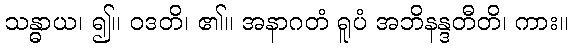
သန္ဓာယ၊ ၍။ ဝဒတိ၊ ၏။ အနာဂတံ ရူပံ အဘိနန္ဒတီတိ၊ ကား။